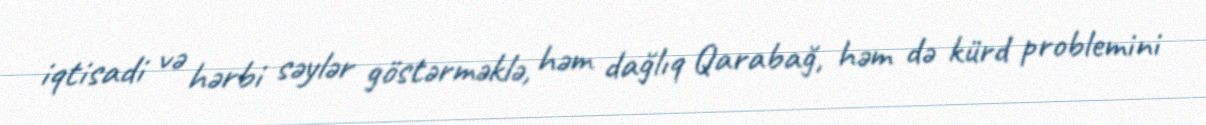
iqtisadi və hərbi səylər göstərməklə, həm dağlıq Qarabağ, həm də kürd problemini